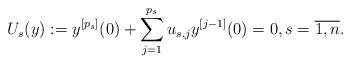
LaTeX: \begin{align*} U_s(y) := y^{[p_s]}(0) + \sum_{j = 1}^{p_s} u_{s,j} y^{[j-1]}(0) = 0, s = \overline{1, n}.\end{align*}